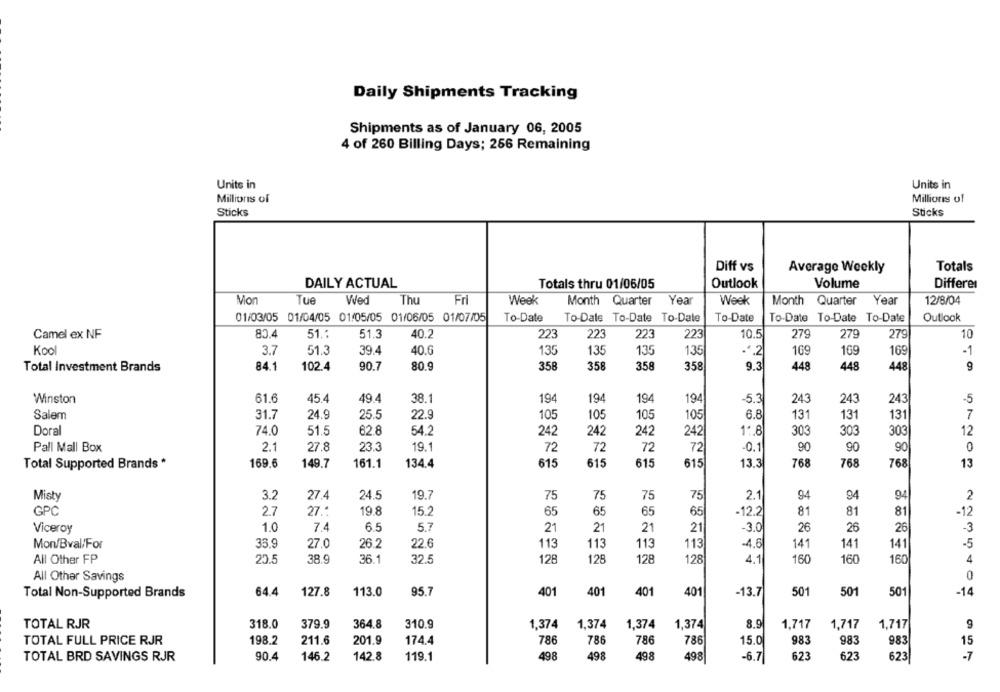
Daily Shipments Tracking
Shipments as of January 06, 2005
4 of 260 Billing Days; 256 Remaining
Units in
Units in
Millions of
Millions of
Sticks
Sticks
Diff vs
Average Weekly
Totals
DAILY ACTUAL
Totals thru 01/06/05
Outlook
Volume
Differen
Mon
Tue
Wed
Thu
Fr
Week
Month Quarter
Year
Week
Month Quarter Year
12/8/04
01/03/05 01/04/05 01/05/05 01/06/05 01/07/05
To-Date
To-Dale To-Date To-Dale
To-Date
To-Date To-Date To-Date
Outlook
Camel ex NF
80.4
51 ..
51.3
40.2
223
223
223
223
10.5
279
279
279
10
Kool
3.7
51.3
39.4
40.6
135
135
135
135
.4.2
169
169
-1
84.1
102.4
90.7
80.9
358
358
358
358
9.3
448
448
448
Total Investment Brands
Winston
61.6
45.4
49.4
38.1
194
194
194
194
-5.3
243
243
243
-5
Salem
22.9
131
7
31.7
24.9
25.5
105
105
105
105
6.8
131
131
Doral
74.0
51.5
62.8
54.2
242
242
242
242
1 .. 8
303
303
303
12
Pall Mall Box
2.1
27.8
23.3
19.1
72
72
72
72
-0.1
90
90
90
0
Total Supported Brands *
169.6
149.7
161.1
134.4
615
615
615
615
13.3
768
768
768
13
Misty
3.2
27.4
24.5
19.7
75
75
75
75
2.1
94
94
94
2
GPC
2.7
27 .:
19.8
15.2
65
65
65
65
-12.2
81
81
81
-12
Viceroy
1.0
7.4
6.5
5.7
21
21
21
21
-3.0
26
26
26
-3
Mon/Bval/For
35.9
27.0
26.2
22.6
113
113
113
113
-4.6
141
141
141
-5
All Other FP
20.5
38.9
36.1
32.5
128
128
128
128
4.1
160
160
160
4
All Other Savings
0
Total Non-Supported Brands
64.4
127.8
113.0
95.7
401
401
401
401
-13.7
501
501
501
-14
TOTAL RJR
318.0
379.9
364.8
310.9
1,374
1,374
1,374
1,374
8.9
1,717
1,717
1,717
9
TOTAL FULL PRICE RJR
198.2
211.6
201.9
174.4
786
786
786
786
15.0
983
983
983
15
TOTAL BRD SAVINGS RJR
90.4
146.2
142.8
119.1
498
498
498
498
-6.7
623
623
623